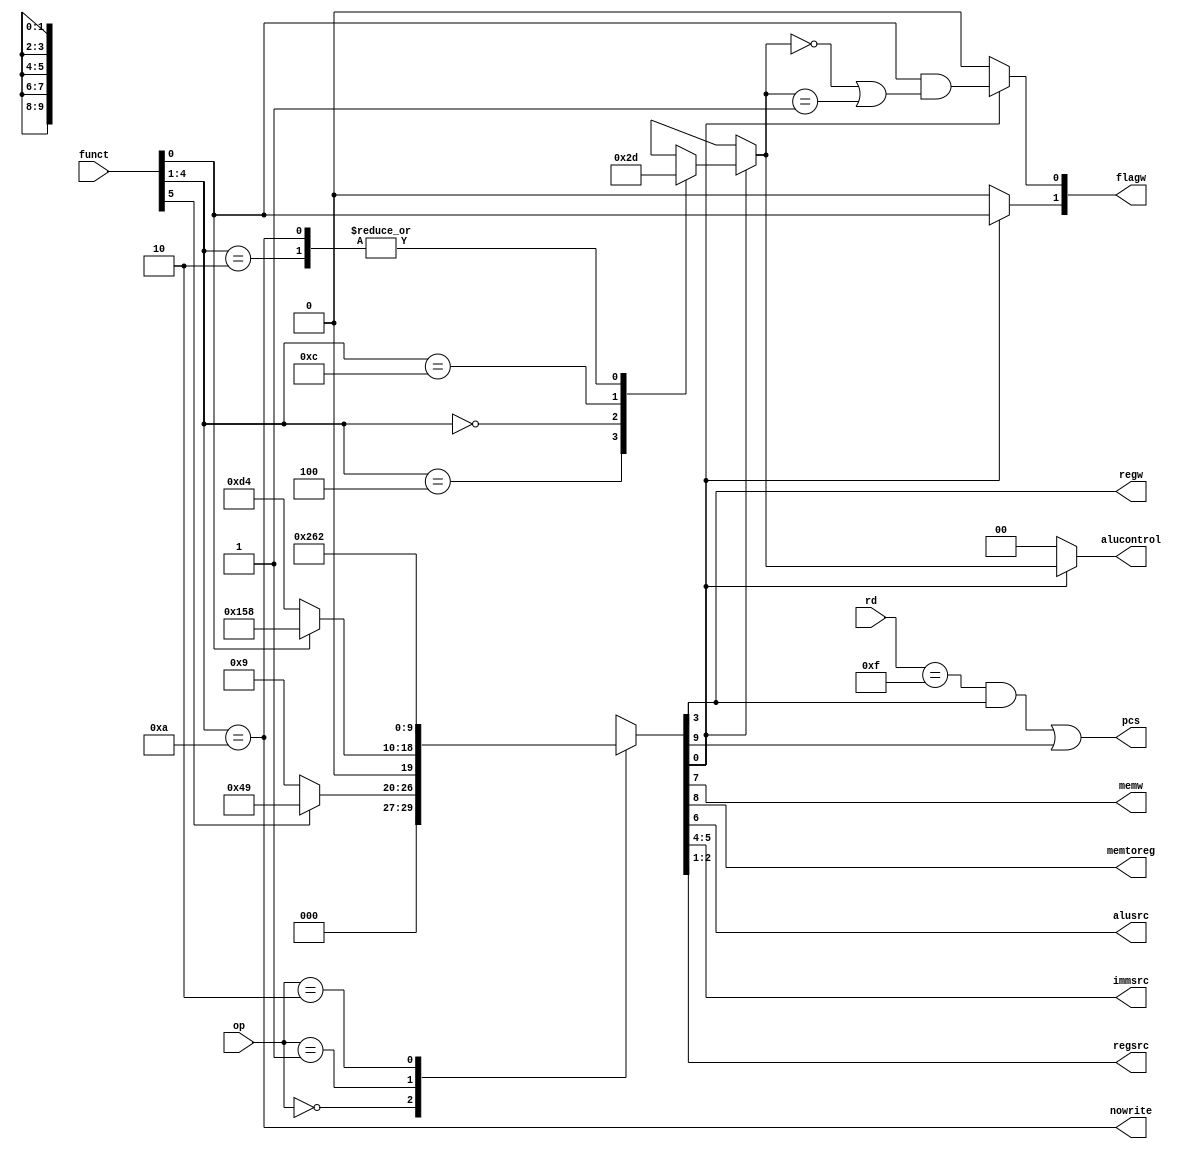
module decoder(input [1:0] op,input [5:0] funct,input [3:0]rd,
                    output reg [1:0] flagw,output wire pcs,output wire regw,
                    output wire memw,output wire memtoreg,output wire alusrc,
                    output wire [1:0] immsrc,output wire [1:0] regsrc,output reg[1:0] alucontrol ,output wire nowrite
                    );
  reg [9:0] control;
  wire aluop;
  wire branch;
  always @*
  case(op)
    2'b00: if(funct[5]) control=10'b0001001001;   //data processing with immediate
           else         control=10'b0000001001;   //data processing with register
    2'b01: if(funct[0]) control=10'b0101011000;   //LDR indtruction
           else         control=10'b0011010100;   //STR instruction
    2'b10:              control=10'b1001100010;   //branching
	 default:control=10'bxxxxxxxxxx;
   endcase
  assign {branch,memtoreg,memw,alusrc,immsrc,regw,regsrc,aluop} = control; // concatination for changing output of module
  always @*
  if(aluop)begin
  case(funct[4:1])
    4'd4 :  alucontrol=0;   //add
    4'd2 :  alucontrol=1;   //sub
    4'd0 :  alucontrol=2;   //and
    4'd12:  alucontrol=3;   //or
    4'd10:  alucontrol=1;   //subtract for CMP instruction
    default:alucontrol=2'bxx;
  endcase
   flagw[1]=funct[0];        //s=1 update all flags
   flagw[0] = funct[0] & (alucontrol == 0 | alucontrol == 1);     //update c&v only while sub and add
  end
else begin          //no alu operation
   flagw=0;
   alucontrol=0; 
 end   
 assign pcs =((rd == 15) & regw) | branch ;        //if write to pc register or branching instruction
 assign nowrite = (funct[4:1]==10);       
endmodule